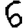
Digit: 6